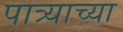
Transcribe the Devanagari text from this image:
पात्र्याच्या